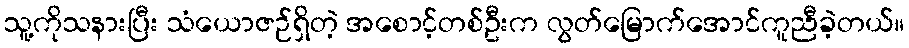
သူ့ကိုသနားပြီး သံယောဇဉ်ရှိတဲ့ အစောင့်တစ်ဦးက လွတ်မြောက်အောင်ကူညီခဲ့တယ်။